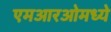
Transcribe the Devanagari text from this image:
एमआरओमध्ये